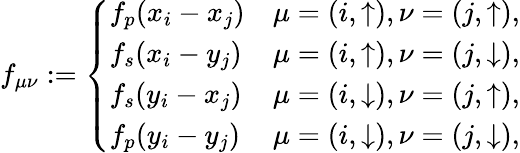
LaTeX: f_{\mu\nu}:=\left\{ \begin{array}{ll}{f_{p}(x_{i}-x_{j})}&{\mu=(i,\uparrow),\nu=(j,\uparrow),}\\ {f_{s}(x_{i}-y_{j})}&{\mu=(i,\uparrow),\nu=(j,\downarrow),}\\ {f_{s}(y_{i}-x_{j})}&{\mu=(i,\downarrow),\nu=(j,\uparrow),}\\ {f_{p}(y_{i}-y_{j})}&{\mu=(i,\downarrow),\nu=(j,\downarrow),}\end{array}\right.